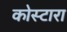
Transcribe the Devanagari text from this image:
कोस्‍टारा